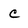
Character: c